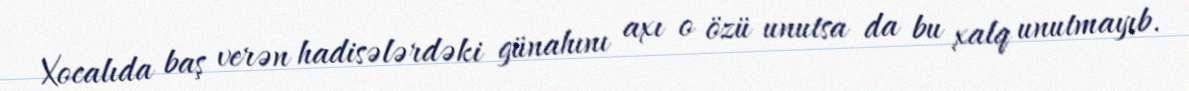
Xocalıda baş verən hadisələrdəki günahını axı o özü unutsa da bu xalq unutmayıb.